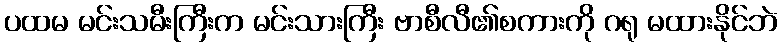
ပထမ မင်းသမီးကြီးက မင်းသားကြီး ဗာစီလီ၏စကားကို ဂရု မထားနိုင်ဘဲ